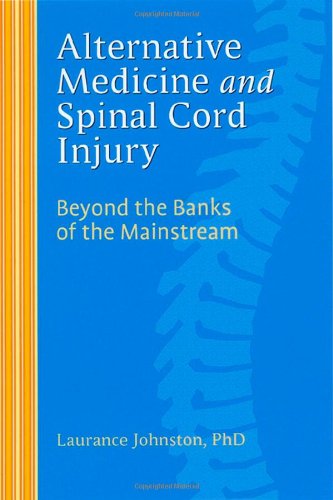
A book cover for Alternative Medicine and Spinal Cord Injury; Laurance Johnston PhD; Health, Fitness & Dieting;